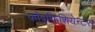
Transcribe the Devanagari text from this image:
कोइफिशियेन्‍टस